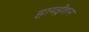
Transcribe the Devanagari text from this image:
हायड्रेशन